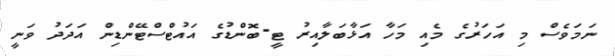
ނަމަވެސް މި އަހަރުގެ މެއި މަހާ އަޅާބަލާއިރު ޓީ-ބޮންޑުގެ އައުޓްސްޓޭންޑިން އަދަދު ވަނީ